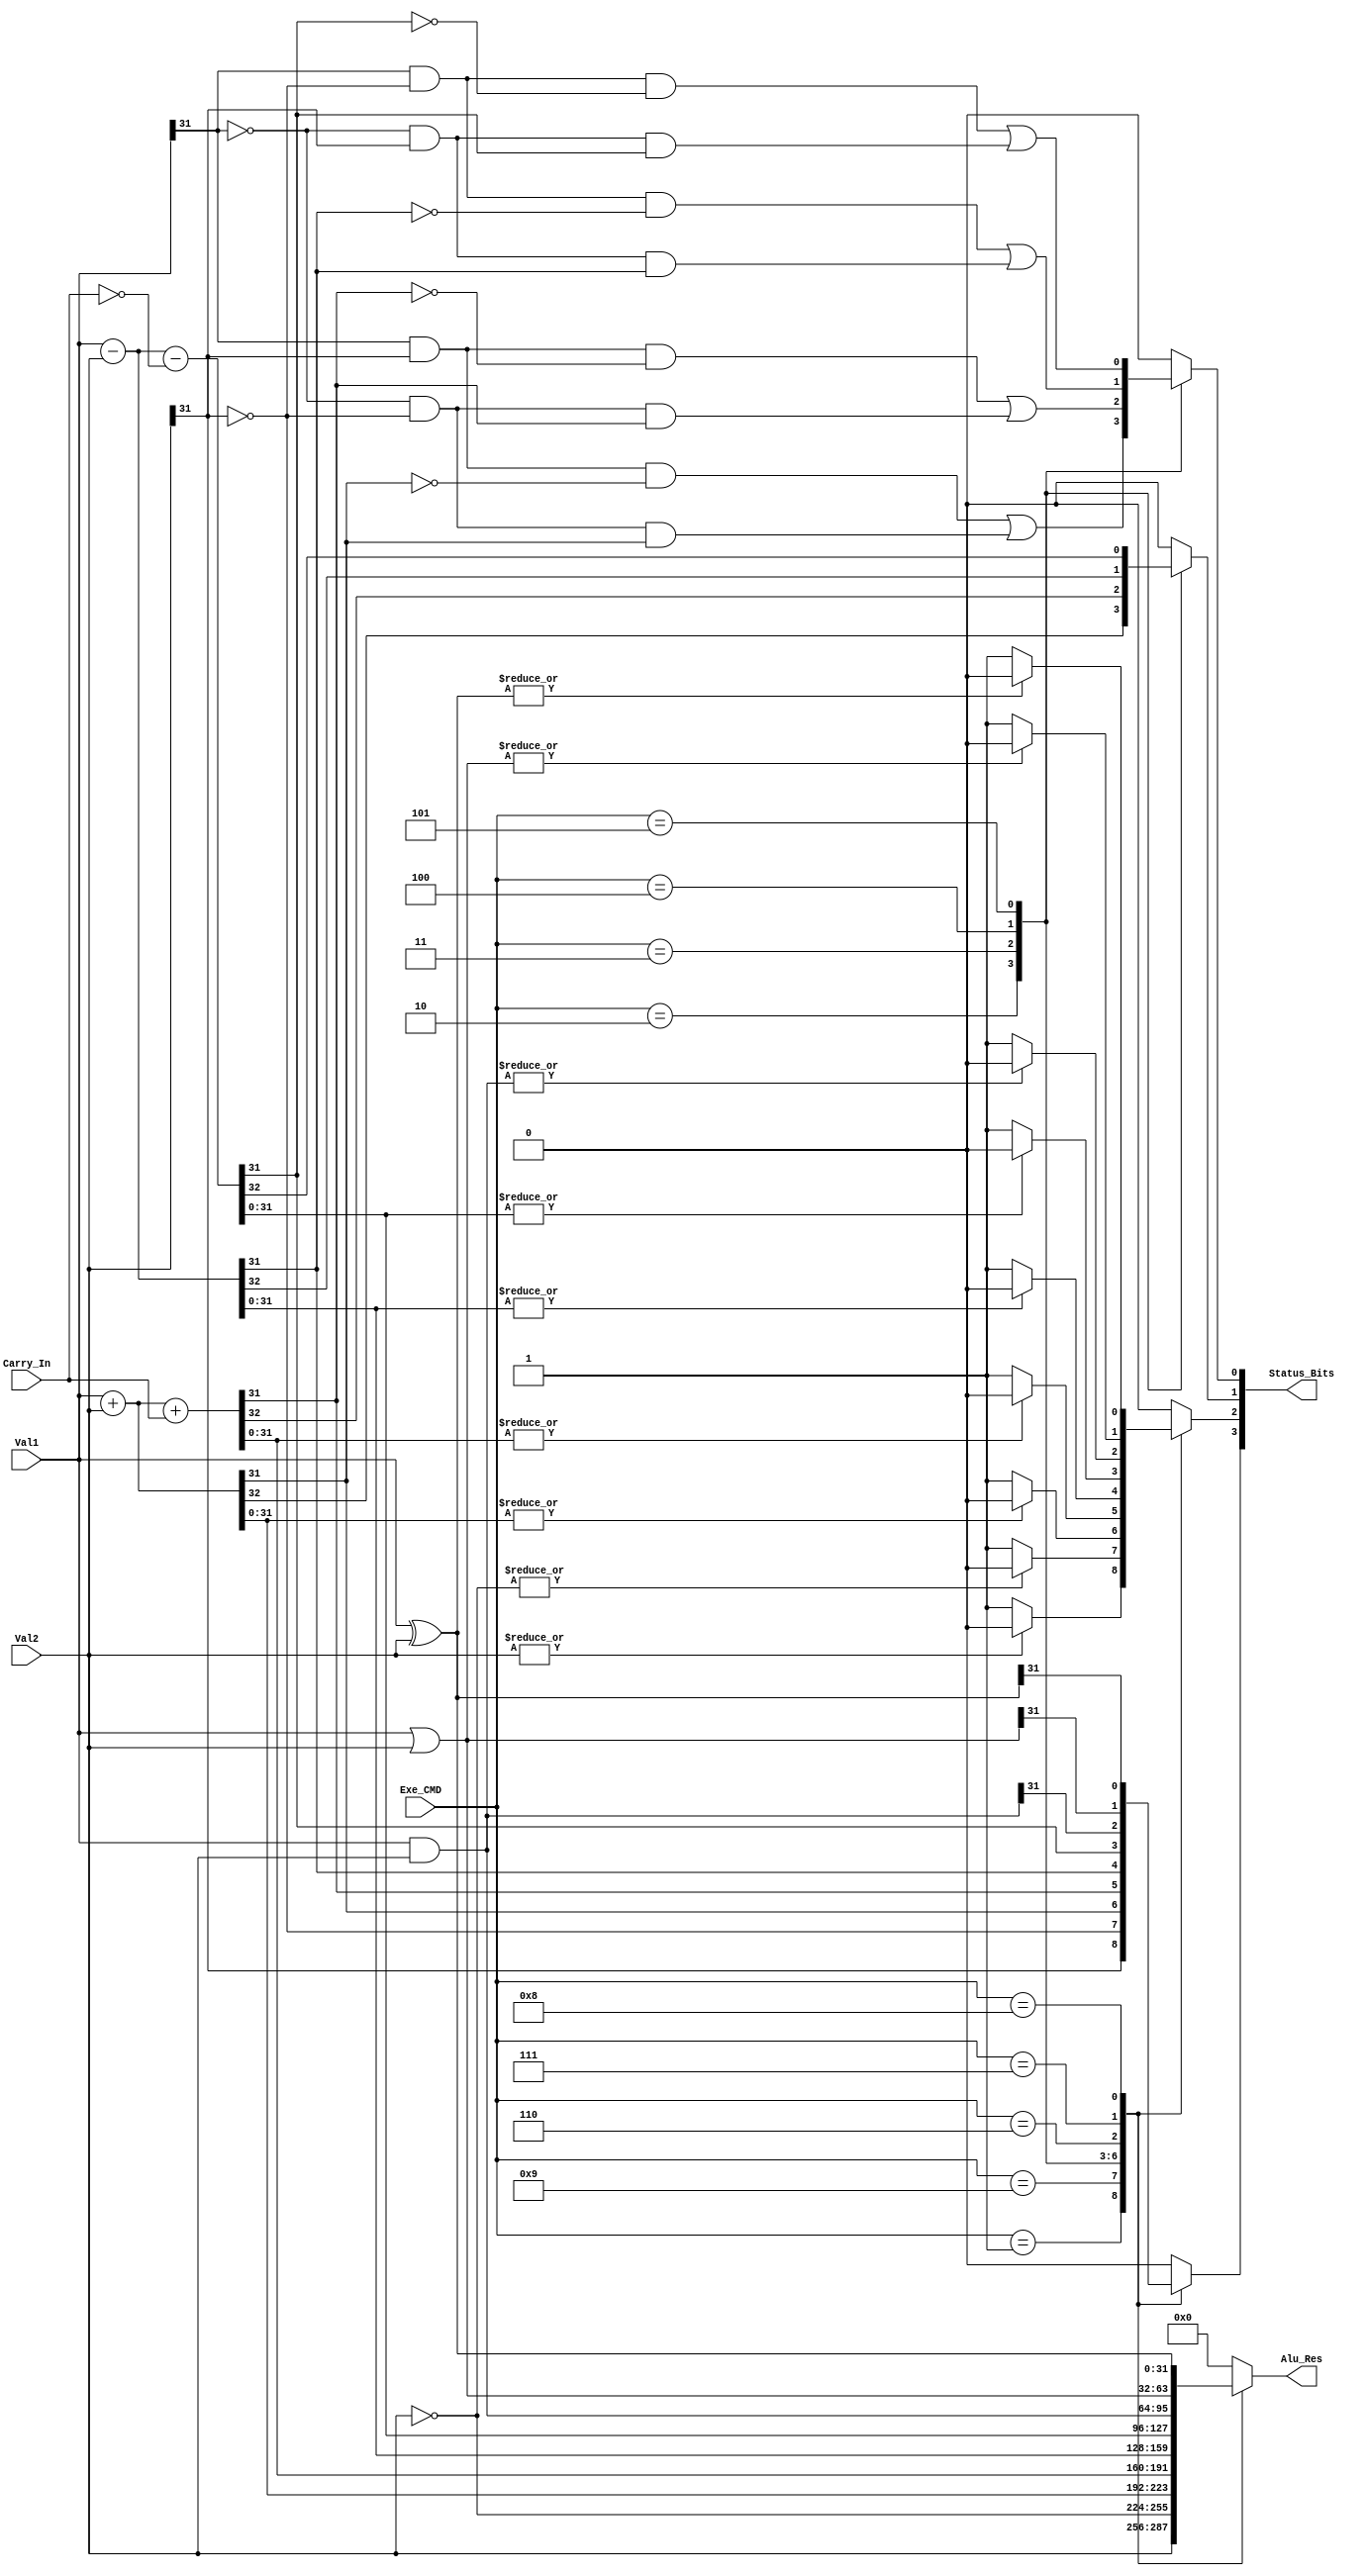
module ALU (
    input Carry_In,
    input [3:0] Exe_CMD,
    input [31:0] Val1, Val2,

    output reg [3:0] Status_Bits,
    output reg [31:0] Alu_Res
);

    wire [3:0] Not_Carry;
    assign Not_Carry = ~Carry_In;

    //wire [31:0] Val2_Minus;
    //assign Val2_Minus = - Val2;

    always @(*) 
    begin
        Alu_Res = 32'b0000_0000_0000_0000_0000_0000_0000_0000;
        Status_Bits = 4'b0000;
        case (Exe_CMD)
        4'b0001: 
        begin
            Alu_Res = Val2;
            {Status_Bits[3], Status_Bits[1:0]} = {Val2[31], 2'b00};
            Status_Bits[2] = |Alu_Res ? 1'b0 : 1'b1;
        end
        4'b1001: 
        begin
            Alu_Res = ~Val2;
            {Status_Bits[3], Status_Bits[1:0]} = {~Val2[31], 2'b00};
            Status_Bits[2] = |Alu_Res ? 1'b0 : 1'b1;
        end
        4'b0010: 
        begin
            {Status_Bits[1], Alu_Res} = Val1 + Val2;
            Status_Bits[0] = (Val1[31] & Val2[31] & ~Alu_Res[31]) || (~Val1[31] & ~Val2[31] & Alu_Res[31]);
            Status_Bits[3] = Alu_Res[31];
            Status_Bits[2] = |Alu_Res ? 1'b0 : 1'b1;
        end
        4'b0011: 
        begin
            {Status_Bits[1], Alu_Res} = Val1 + Val2 + Carry_In;
            Status_Bits[0] = (Val1[31] & Val2[31] & ~Alu_Res[31]) || (~Val1[31] & ~Val2[31] & Alu_Res[31]);
            Status_Bits[3] = Alu_Res[31];
            Status_Bits[2] = |Alu_Res ? 1'b0 : 1'b1;
        end
        4'b0100: //(~Val2[31])???
        begin
            {Status_Bits[1], Alu_Res} = Val1 - Val2;
            Status_Bits[0] = (Val1[31] & (~Val2[31]) & ~Alu_Res[31] ) || (~Val1[31] & Val2[31] & Alu_Res[31]);
            Status_Bits[3] = Alu_Res[31];
            Status_Bits[2] = |Alu_Res ? 1'b0 : 1'b1;
        end
        4'b0101: //(~Val2[31])???
        begin
            {Status_Bits[1], Alu_Res} = Val1 - Val2 - Not_Carry[0];
            Status_Bits[0] = (Val1[31] & (~Val2[31]) & ~Alu_Res[31] ) || (~Val1[31] & Val2[31] & Alu_Res[31]);
            Status_Bits[3] = Alu_Res[31];
            Status_Bits[2] = |Alu_Res ? 1'b0 : 1'b1;
        end
        4'b0110: 
        begin
            Alu_Res = Val1 & Val2;
            Status_Bits[3] = Alu_Res[31];
            Status_Bits[2] = |Alu_Res ? 1'b0 : 1'b1;
            Status_Bits[1:0] = 2'b00;
        end
        4'b0111: 
        begin
            Alu_Res = Val1 | Val2;
            Status_Bits[3] = Alu_Res[31];
            Status_Bits[2] = |Alu_Res ? 1'b0 : 1'b1;
            Status_Bits[1:0] = 2'b00;
        end
        4'b1000: 
        begin
            Alu_Res = Val1 ^ Val2;
            Status_Bits[3] = Alu_Res[31];
            Status_Bits[2] = |Alu_Res ? 1'b0 : 1'b1;
            Status_Bits[1:0] = 2'b00;
        end
        default:;//{Alu_Res, Status_Bits} = 36'b0000_0000_0000_0000_0000_0000_0000_0000_0000;
        endcase
    end

endmodule